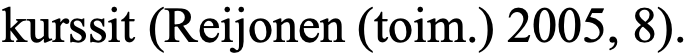
kurssit (Reijonen (toim.) 2005, 8).